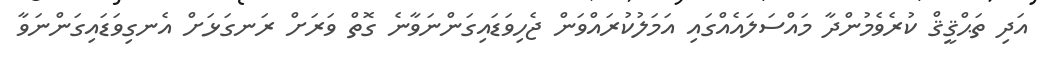
އަދި ތަޙްޤީޤް ކުރެވެމުންދާ މައްސަލައެއްގައި އަމަލުކުރައްވަން ޖެހިވަޑައިގަންނަވާނެ ގޮތް ވަރަށް ރަނގަޅަށް އެނގިވަޑައިގަންނަވާ